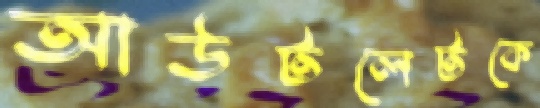
আউটলেটকে